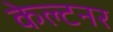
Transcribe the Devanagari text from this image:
केल्टनर